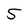
Character: 5